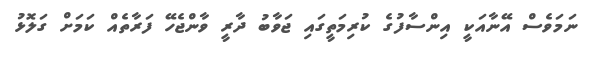
ނަމަވެސް އޭނާއަކީ އިންސާފުގެ ކުރިމަތީގައި ޖަވާބު ދާރީ ވާންޖެހޭ ފަރާތެއް ކަމަށް ގަލޮޅު